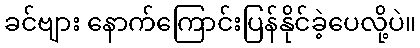
ခင်ဗျား နောက်ကြောင်းပြန်နိုင်ခဲ့ပေလို့ပဲ။